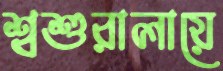
শ্বশুরালায়ে